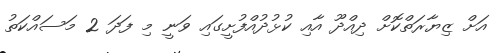
އަށް ޒިޔާރަތްކޮށް ދިއްދޫ އާއި ކުޅުދުއްފުށީގައި ވަނީ މި ފަދަ 2 މަސައްކަތު